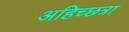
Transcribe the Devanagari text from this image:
अहिच्छत्रा